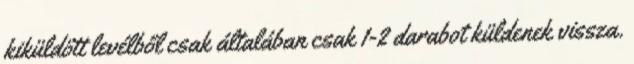
kiküldött levélből csak általában csak 1-2 darabot küldenek vissza.